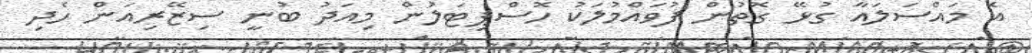
އެ މައްސަލައާ ގުޅޭ ގޮތުން ފުވައްމުލަކު ހޮސްޕިޓަލުން މިއަދު ބުނީ ސިޒޭރިއަން ހެދި